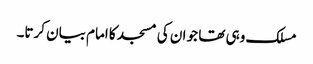
مسلک وہی تھا جو ان کی مسجد کا امام بیان کرتا۔